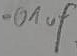
Text: .01µF